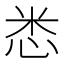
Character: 𢘻